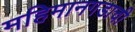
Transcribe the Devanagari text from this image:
महिमानगडाची